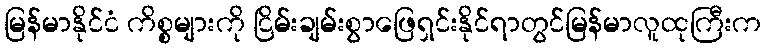
မြန်မာနိုင်ငံ ကိစ္စများကို ငြိမ်းချမ်းစွာဖြေရှင်းနိုင်ရာတွင်မြန်မာလူထုကြီးက